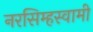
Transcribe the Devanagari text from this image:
नरसिम्हस्वामी